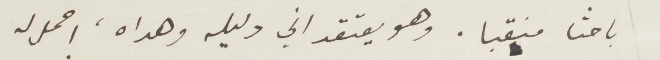
باحثًا منقبًا. وهو يعتقد اني وليله وهدا، احمل له